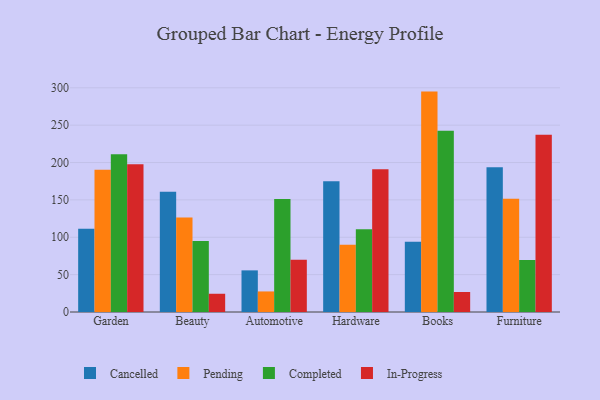
{"axis": {"x": "Category", "y": "Latency (ms)"}, "legend": ["Cancelled", "Completed", "In-Progress", "Pending"], "data": [{"x": "Garden", "y": 111.3, "type": "Cancelled"}, {"x": "Garden", "y": 190.3, "type": "Pending"}, {"x": "Garden", "y": 211.1, "type": "Completed"}, {"x": "Garden", "y": 197.8, "type": "In-Progress"}, {"x": "Beauty", "y": 160.8, "type": "Cancelled"}, {"x": "Beauty", "y": 126.4, "type": "Pending"}, {"x": "Beauty", "y": 94.9, "type": "Completed"}, {"x": "Beauty", "y": 24.4, "type": "In-Progress"}, {"x": "Automotive", "y": 55.7, "type": "Cancelled"}, {"x": "Automotive", "y": 27.5, "type": "Pending"}, {"x": "Automotive", "y": 151.2, "type": "Completed"}, {"x": "Automotive", "y": 70.0, "type": "In-Progress"}, {"x": "Hardware", "y": 174.9, "type": "Cancelled"}, {"x": "Hardware", "y": 90.1, "type": "Pending"}, {"x": "Hardware", "y": 110.7, "type": "Completed"}, {"x": "Hardware", "y": 190.9, "type": "In-Progress"}, {"x": "Books", "y": 94.1, "type": "Cancelled"}, {"x": "Books", "y": 294.9, "type": "Pending"}, {"x": "Books", "y": 242.5, "type": "Completed"}, {"x": "Books", "y": 26.8, "type": "In-Progress"}, {"x": "Furniture", "y": 193.8, "type": "Cancelled"}, {"x": "Furniture", "y": 151.5, "type": "Pending"}, {"x": "Furniture", "y": 69.5, "type": "Completed"}, {"x": "Furniture", "y": 237.1, "type": "In-Progress"}]}